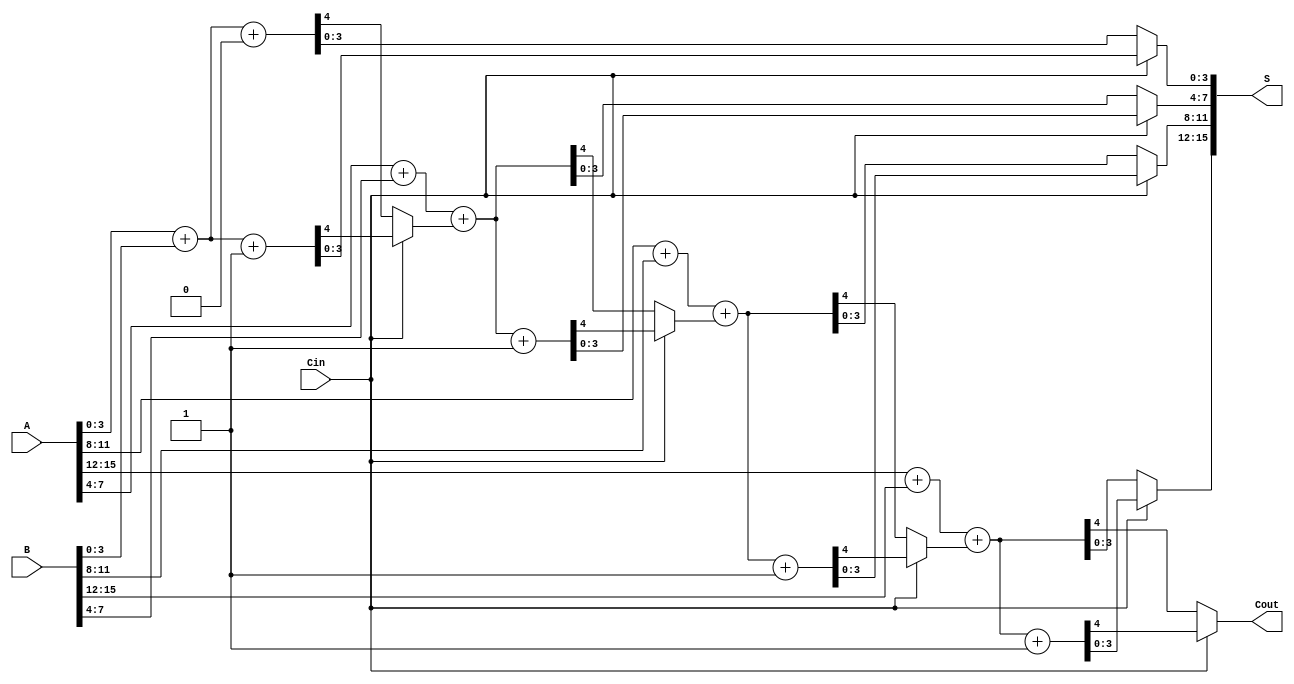
module StaticCarrySelectAdder #(
    parameter N = 16,  // Total number of bits
    parameter K = 4    // Number of bits per block
)(
    input [N-1:0] A,   // First n-bit input
    input [N-1:0] B,   // Second n-bit input
    input Cin,         // Carry-in
    output [N-1:0] S,  // n-bit sum output
    output Cout        // Carry-out
);

    localparam NUM_BLOCKS = N / K; // Calculate number of blocks

    // Internal wires to hold sums and carries
    wire [K-1:0] sum0[0:NUM_BLOCKS-1]; // Sums assuming Cin = 0
    wire [K-1:0] sum1[0:NUM_BLOCKS-1]; // Sums assuming Cin = 1
    wire carry_out_0[0:NUM_BLOCKS-1];   // Carry outs assuming Cin = 0
    wire carry_out_1[0:NUM_BLOCKS-1];   // Carry outs assuming Cin = 1
    wire carry_select[0:NUM_BLOCKS-1];  // Carry selection for each block

    genvar i;
    generate
        for (i = 0; i < NUM_BLOCKS; i = i + 1) begin : block
            // Calculate sum and carry for Cin = 0
            if (i == 0) begin
                // First block, consider carry-in
                assign {carry_out_0[i], sum0[i]} = A[K*i +: K] + B[K*i +: K] + 1'b0;
                assign {carry_out_1[i], sum1[i]} = A[K*i +: K] + B[K*i +: K] + 1'b1;
            end else begin
                assign {carry_out_0[i], sum0[i]} = A[K*i +: K] + B[K*i +: K] + carry_select[i-1];
                assign {carry_out_1[i], sum1[i]} = A[K*i +: K] + B[K*i +: K] + carry_select[i-1] + 1'b1;
            end

            // Carry selection logic
            assign carry_select[i] = Cin ? carry_out_1[i] : carry_out_0[i];
        end
    endgenerate

    // Concatenate sums to form final output S
    generate
        for (i = 0; i < NUM_BLOCKS; i = i + 1) begin : concatenate
            assign S[K*i +: K] = Cin ? sum1[i] : sum0[i];
        end
    endgenerate

    // Final carry-out
    assign Cout = carry_select[NUM_BLOCKS-1];

endmodule